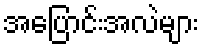
အပြောင်းအလဲများ